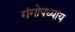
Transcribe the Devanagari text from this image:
गंगोपध्याय